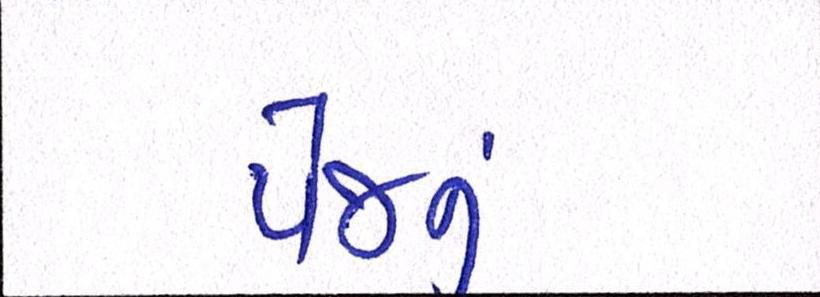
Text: પેજનું